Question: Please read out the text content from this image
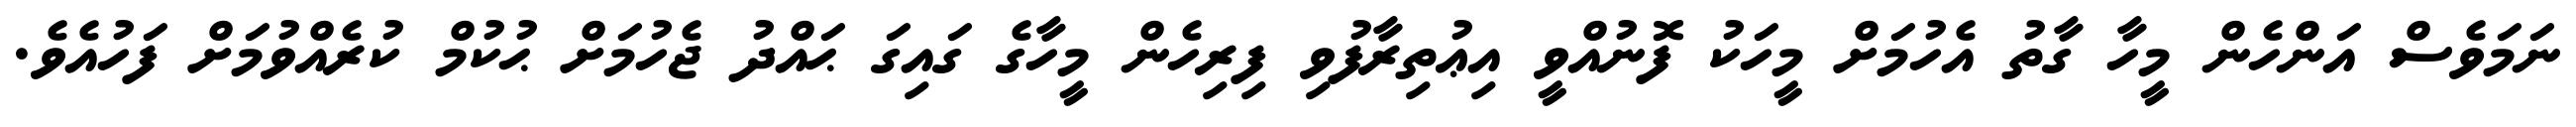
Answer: ނަމަވެސް އަންހެން މީހާ ގާތު އެހުމަށް މީހަކު ފޮނުއްވީ އިޢުތިރާފުވި ފިރިހެން މީހާގެ ގައިގަ ޙައްދު ޖެހުމަށް ޙުކުމް ކުރެއްވުމަށް ފަހުއެވެ.